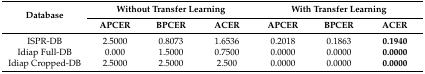
| <ROWSPAN=2> Database | <COLSPAN=3> Without Transfer Learning | <COLSPAN=3> With Transfer Learning |
 | APCER | BPCER | ACER | APCER | BPCER | ACER |
 | --- | --- | --- | --- | --- | --- | --- |
 | ISPR-DB | 2.5000 | 0.8073 | 1.6536 | 0.2018 | 0.1863 | 0.1940 |
 | Idiap Full-DB | 0.000 | 1.5000 | 0.7500 | 0.0000 | 0.0000 | 0.0000 |
 | Idiap Cropped-DB | 2.5000 | 2.5000 | 2.500 | 0.0000 | 0.0000 | 0.0000 |